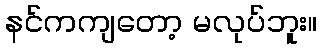
နင်ကကျတော့ မလုပ်ဘူး။